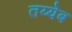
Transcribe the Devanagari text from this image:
तय्येब